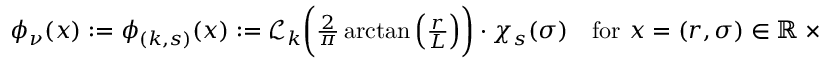
\begin{array} { r } { \phi _ { \nu } ( x ) : = \phi _ { ( k , s ) } ( x ) : = \mathscr { L } _ { k } \bigg ( \frac { 2 } { \pi } \arctan \Big ( \frac { r } { L } \Big ) \bigg ) \cdot \chi _ { s } ( \sigma ) \quad \mathrm { f o r } ~ x = ( r , \sigma ) \in \mathbb { R } \times \mathbb { Z } _ { m } , } \end{array}